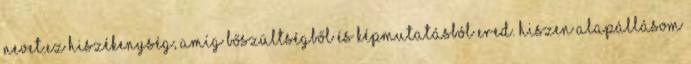
nevet.Ez hiszékenység, amíg bőszültségből és képmutatásból ered. Hiszen alapállásom